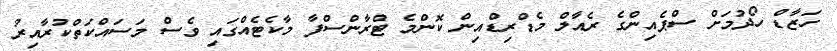
ހަޒާޑް ހޯދުމަށް ސްޕެއިންގެ ރެއާލް މެޑްރިޑްއިން ކޮންމެ ޓްރާންސްފާ މާކެޓެއްގައި ވެސް މަސައްކަތްކުރާއިރު